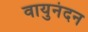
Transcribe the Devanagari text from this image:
वायुनंदन